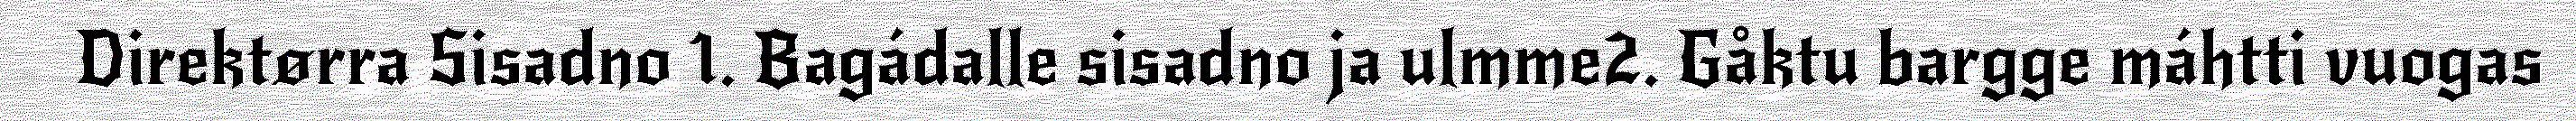
Direktørra Sisadno 1. Bagádalle sisadno ja ulmme2. Gåktu bargge máhtti vuogas